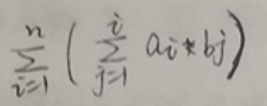
\[
\sum_{i = 1}^{n}\left(\sum_{j = 1}^{i} a_{i} * b_{j}\right)
\]